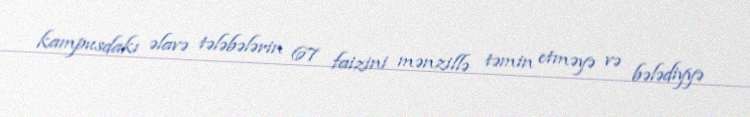
kampusdakı əlavə tələbələrin 67 faizini mənzillə təmin etməyə və bələdiyyə